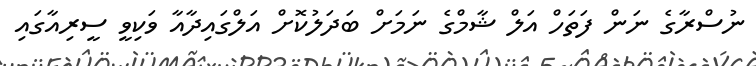
ނުސްރާގެ ނަން ފަތަހް އަލް ޝާމްގެ ނަމަށް ބަދަލުކޮށް އަލްގައިދާއާ ވަކިވީ ސީރިއާގައި